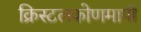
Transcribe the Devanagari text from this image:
क्रिस्टलकोणमापी